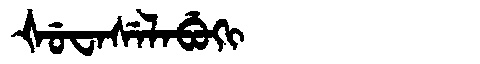
Manchu: ᡧᡠᠸᠠᠰᡝᠯᠠᠪᡠᡴᡳ
Romanization: ŠUWASELABUKI